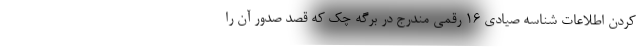
کردن اطلاعات شناسه صیادی 16 رقمی مندرج در برگه چک که قصد صدور آن را